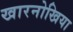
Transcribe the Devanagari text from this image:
खारनोखिया